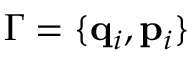
\Gamma = \{ \mathbf { q } _ { i } , \mathbf { p } _ { i } \}